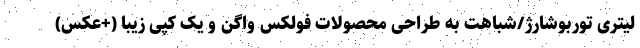
لیتری توربوشارژ/شباهت به طراحی محصولات فولکس واگن و یک کپی زیبا (+عکس)